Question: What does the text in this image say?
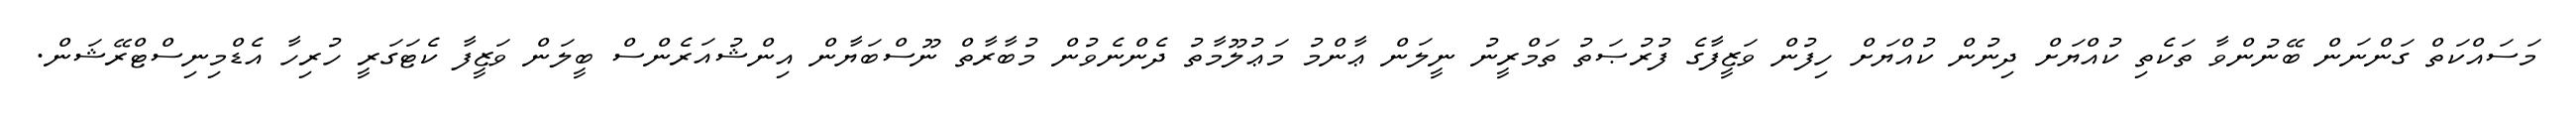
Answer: މަސައްކަތް ގަންނަން ބޭނުންވާ ތަކެތި ކުއްޔަށް ދިނުން ކުއްޔަށް ހިފުން ވަޒީފާގެ ފުރުޞަތު ތަމްރީނު ނީލަން ޢާންމު މަޢުލޫމާތު ދެންނެވުން މުބާރާތް ނޫސްބަޔާން އިންޝުއަރެންސް ބީލަން ވަޒީފާ ކެޓަގަރީ ހުރިހާ އެޑްމިނިސްޓްރޭޝަން.